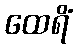
ထေရိံ